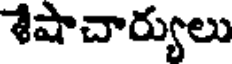
శేషాచార్యులు